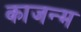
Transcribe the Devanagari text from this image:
काजन्‍म